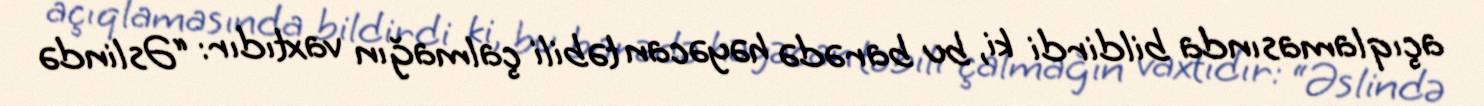
açıqlamasında bildirdi ki, bu barədə həyəcan təbili çalmağın vaxtıdır: “Əslində